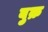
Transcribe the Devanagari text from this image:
बुक्र